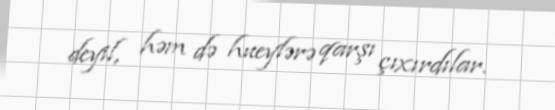
deyil, həm də hueylərə qarşı çıxırdılar.